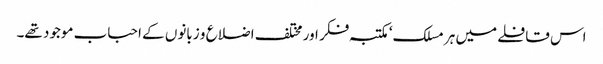
اس قافلے میں ہر مسلک‘ مکتبہ فکر اور مختلف اضلاع و زبانوں کے احباب موجود تھے۔